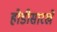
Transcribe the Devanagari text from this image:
होडीसारखे